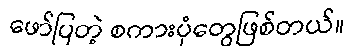
ဖော်ပြတဲ့ စကားပုံတွေဖြစ်တယ်။